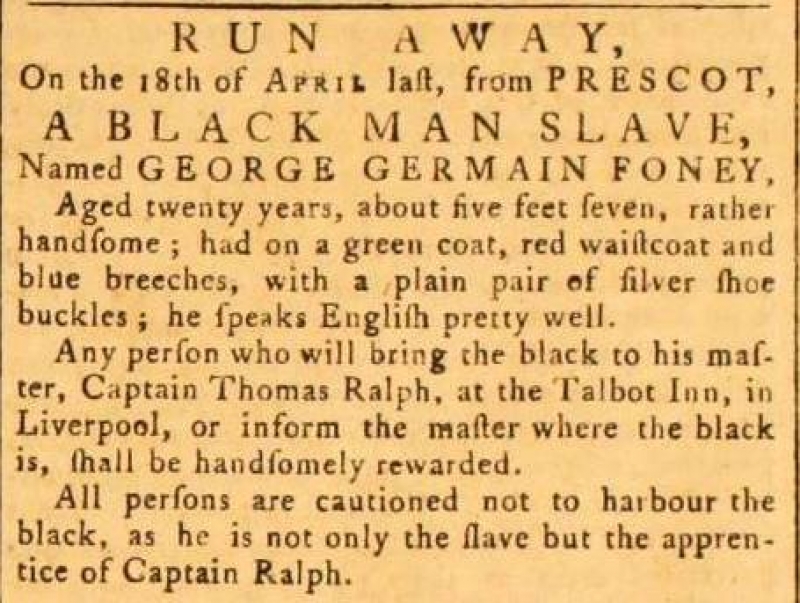
Liverpool General Advertiser, or the Commercial Register, 5 May 1780 (England)
RUN AWAY,On the 18th April last, from PRESCOT,A BLACK MAN SLAVE,Named GEORGE GERMAIN FONEY,Aged twenty years, about five feet seven, rather handsome; had on a green coat, red waistcoat, and blue breeches, with a plain pair of silver shoe buckles; he speaks English pretty well.Any person who will bring the black to his master, Captain Thomas Ralph, at the Talbot Inn, in Liverpool, or inform the master where the black is, shall be handsomely rewarded.All persons are cautioned not to harbour the black, as he is not only the slave but the apprentice of Captain Ralph.